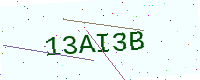
Text: 13AI3B